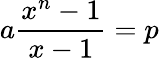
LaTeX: a{\frac{x^{n}-1}{x-1}}=p